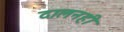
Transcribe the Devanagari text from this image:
दालनही